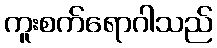
ကူးစက်ရောဂါသည်